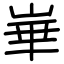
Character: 崋